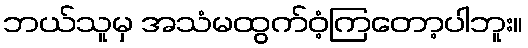
ဘယ်သူမှ အသံမထွက်ဝံ့ကြတော့ပါဘူး။